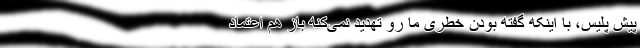
پیش پلیس، با اینکه گفته بودن خطری ما رو تهدید نمی‌کنه باز هم اعتماد